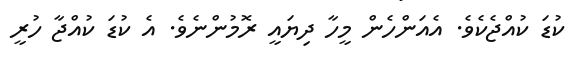
ކުޑަ ކުއްޖެކެވެ. އެއަންހެން މީހާ ދިޔައީ ރޮމުންނެވެ. އެ ކުޑަ ކުއްޖާ ހުރީ